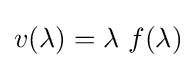
v(\lambda )=\lambda \ f(\lambda )